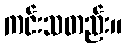
ကင်းသတည်း။